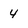
Character: 4